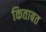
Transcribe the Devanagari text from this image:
किताबत